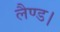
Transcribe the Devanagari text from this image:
लैण्ड।